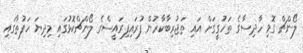
ލޯންޗް ގޮވި ހާދިސާގެ ތަހުގީގަށް އައި ތަޖުރިބާކާރުން ފުރައިފިރައީސްގެ ލޯންޗްކޮޅުގައި މިދިޔަ ހަފުތާގައި